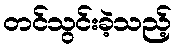
တင်သွင်းခဲ့သည့်